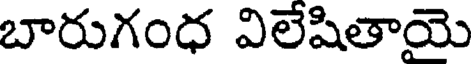
బారుగంధ విలేషితాయె